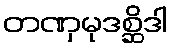
တဏှမုဒစ္ဆိဒါ